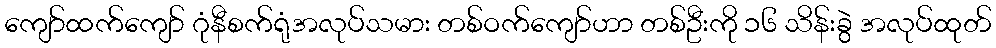
ကျော်ထက်ကျော် ဂုံနီစက်ရုံအလုပ်သမား တစ်ဝက်ကျော်ဟာ တစ်ဦးကို ၁၆ သိန်းခွဲ အလုပ်ထုတ်